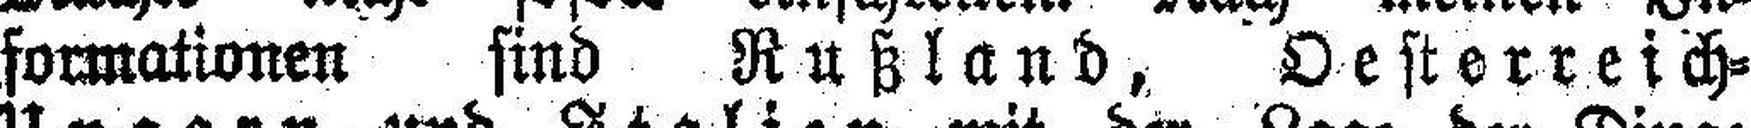
formationen sind Rußland, Oesterreich=